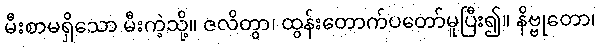
မီးစာမရှိသော မီးကဲ့သို့။ ဇလိတွာ၊ ထွန်းတောက်ပတော်မူပြီး၍။ နိဗ္ဗုတော၊